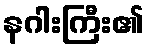
နဂါးကြီး၏